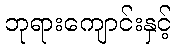
ဘုရားကျောင်းနှင့်